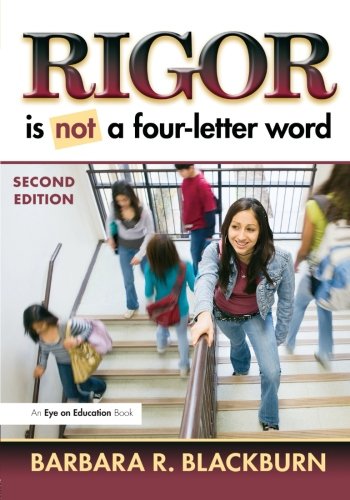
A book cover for Rigor Is NOT a Four-Letter Word; Barbara R. Blackburn; Test Preparation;